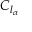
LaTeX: \ C _ { l _ { \alpha } }